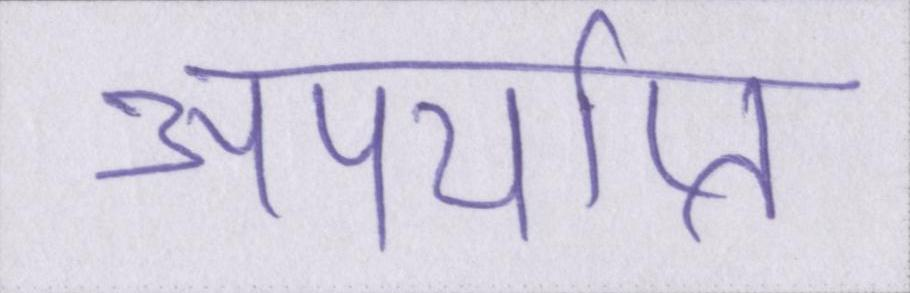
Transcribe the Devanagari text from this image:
अपर्याप्त